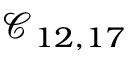
\mathcal { C } _ { 1 2 , 1 7 }